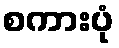
စကားပုံ